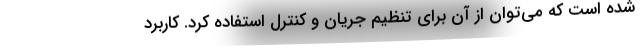
شده است که می‌توان از آن برای تنظیم جریان و کنترل استفاده کرد. کاربرد